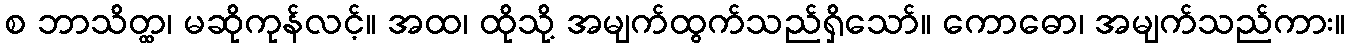
စ ဘာသိတ္ထ၊ မဆိုကုန်လင့်။ အထ၊ ထိုသို့ အမျက်ထွက်သည်ရှိသော်။ ကောဓော၊ အမျက်သည်ကား။